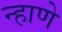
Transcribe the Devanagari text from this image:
न्हाणे